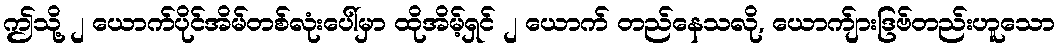
ဤသို့ ၂ ယောက်ပိုင်အိမ်တစ်လုံးပေါ်မှာ ထိုအိမ့်ရှင် ၂ ယောက် တည်နေသလို, ယောက်ျားဒြဗ်တည်းဟူသော